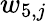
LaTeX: w_{5,j}